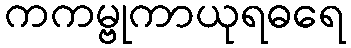
ကကမ္ဗုကာယုရဓရေ